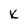
Character: K